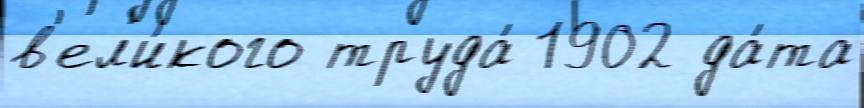
в'ел'и́кого труда́ 1902 да́та